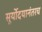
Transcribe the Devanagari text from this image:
सूर्योदयानंतरच